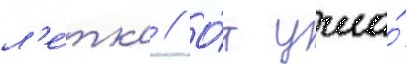
л'е́тка // О́т угла́